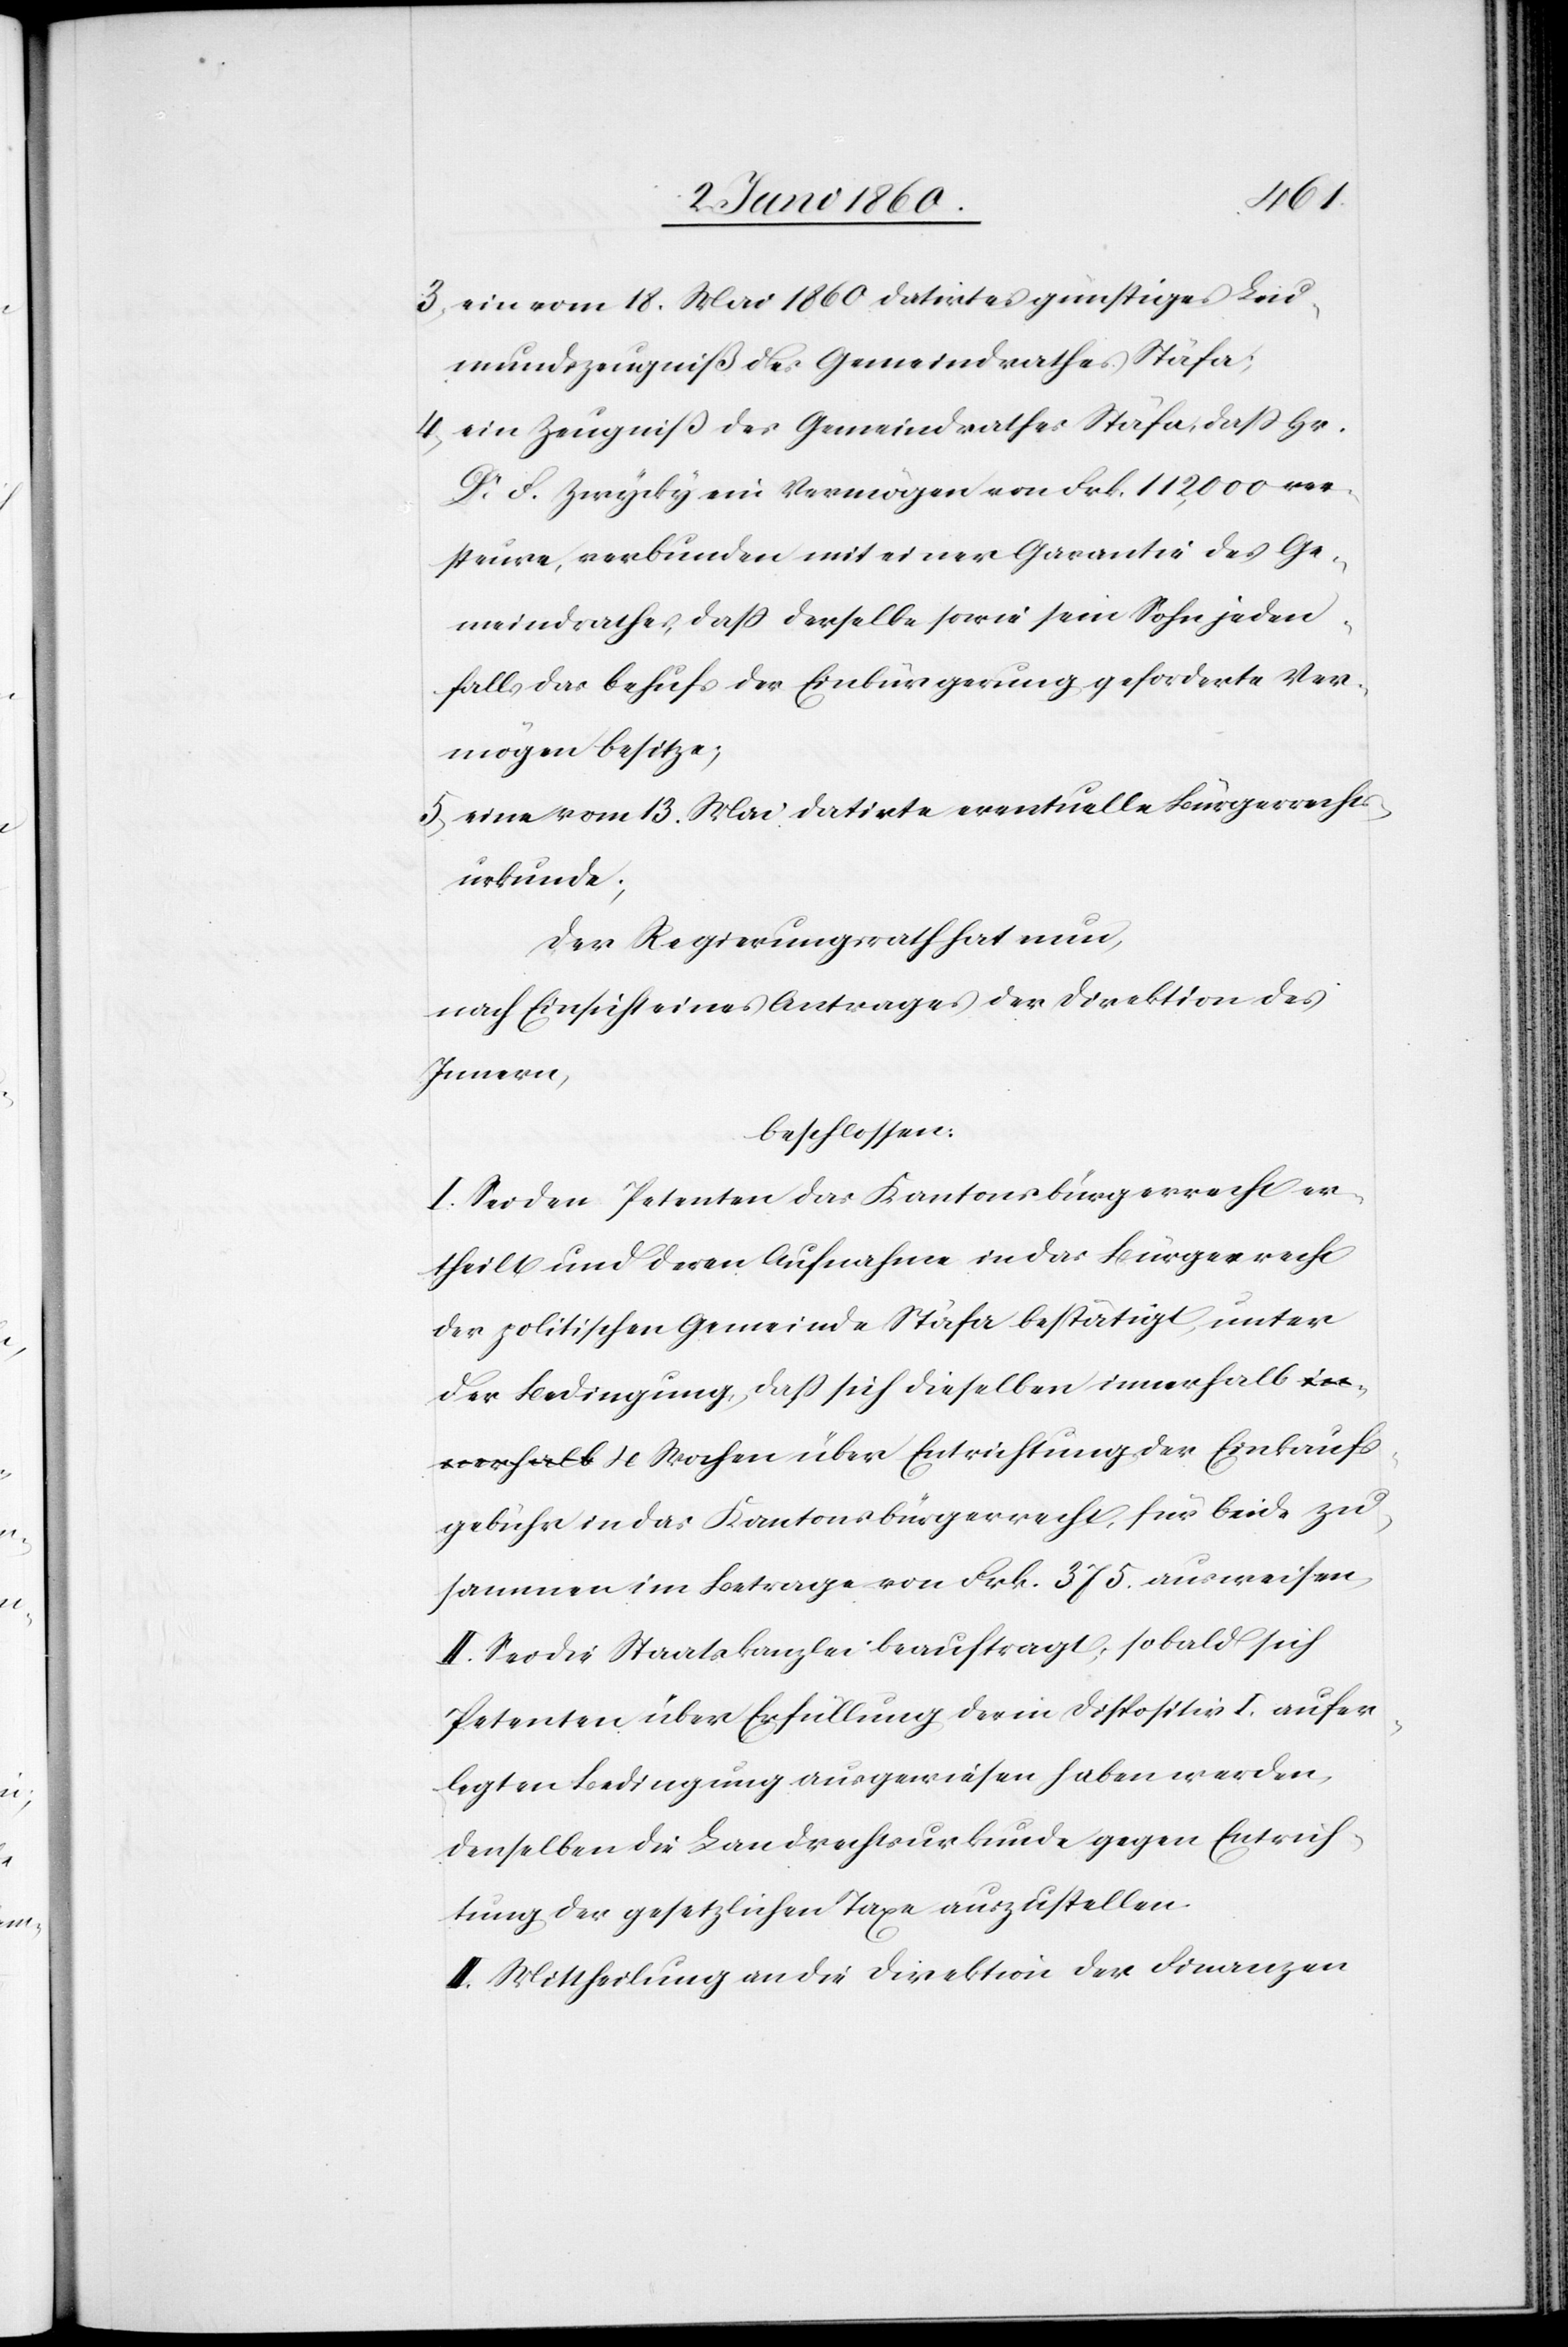
Einkaufs¬
3) ein vom 18. Mai 1860 datirtes günstiges Leu¬
mundszeugniß des Gemeindrathes Stäfa;
4) ein Zeugniss des Gemeindrathes Stäfa, dass Hr.
Dr F. Zwicky ein Vermögen von Frk. 112,000 ver¬
steure, verbunden mit einer Garantie des Ge¬
meindrathes, dass derselbe sowie sein Sohn jeden¬
falls das behufs der Einbürgerung geforderte Ver¬
mögen besitze;
5) eine vom 13. Mai datirte eventuelle Bürgerrechts¬
urkunde;
Der Regierungsrath hat nun;
nach Einsicht eines Antrages der Direktion des
Innern,
beschlossen:
I. Sei den Petenten das Kantonsbürgerrecht er¬
theilt und deren Aufnahme in das Bürgerrecht
der politischen Gemeinde Stäfa bestätigt, unter
der Bedingung, dass sich dieselben innerhalb 4
gebühr in das Kantonsbürgerrecht, für beide zu¬
sammen im Betrage von Frk. 375 ausweisen,
II. Sei die Staatskanzlei beauftragt, sobald sich
Petenten über Erfüllung der in Dispositiv I. aufer¬
legten Bedingung ausgewiesen haben werden,
denselben die Landrechtsurkunde gegen Entrich¬
tung der gesetzlichen Taxe auszustellen.
II. Mittheilung an die Direktion der Finanzen